Vabadussoja_Ajaloo_Komitee, lk 262
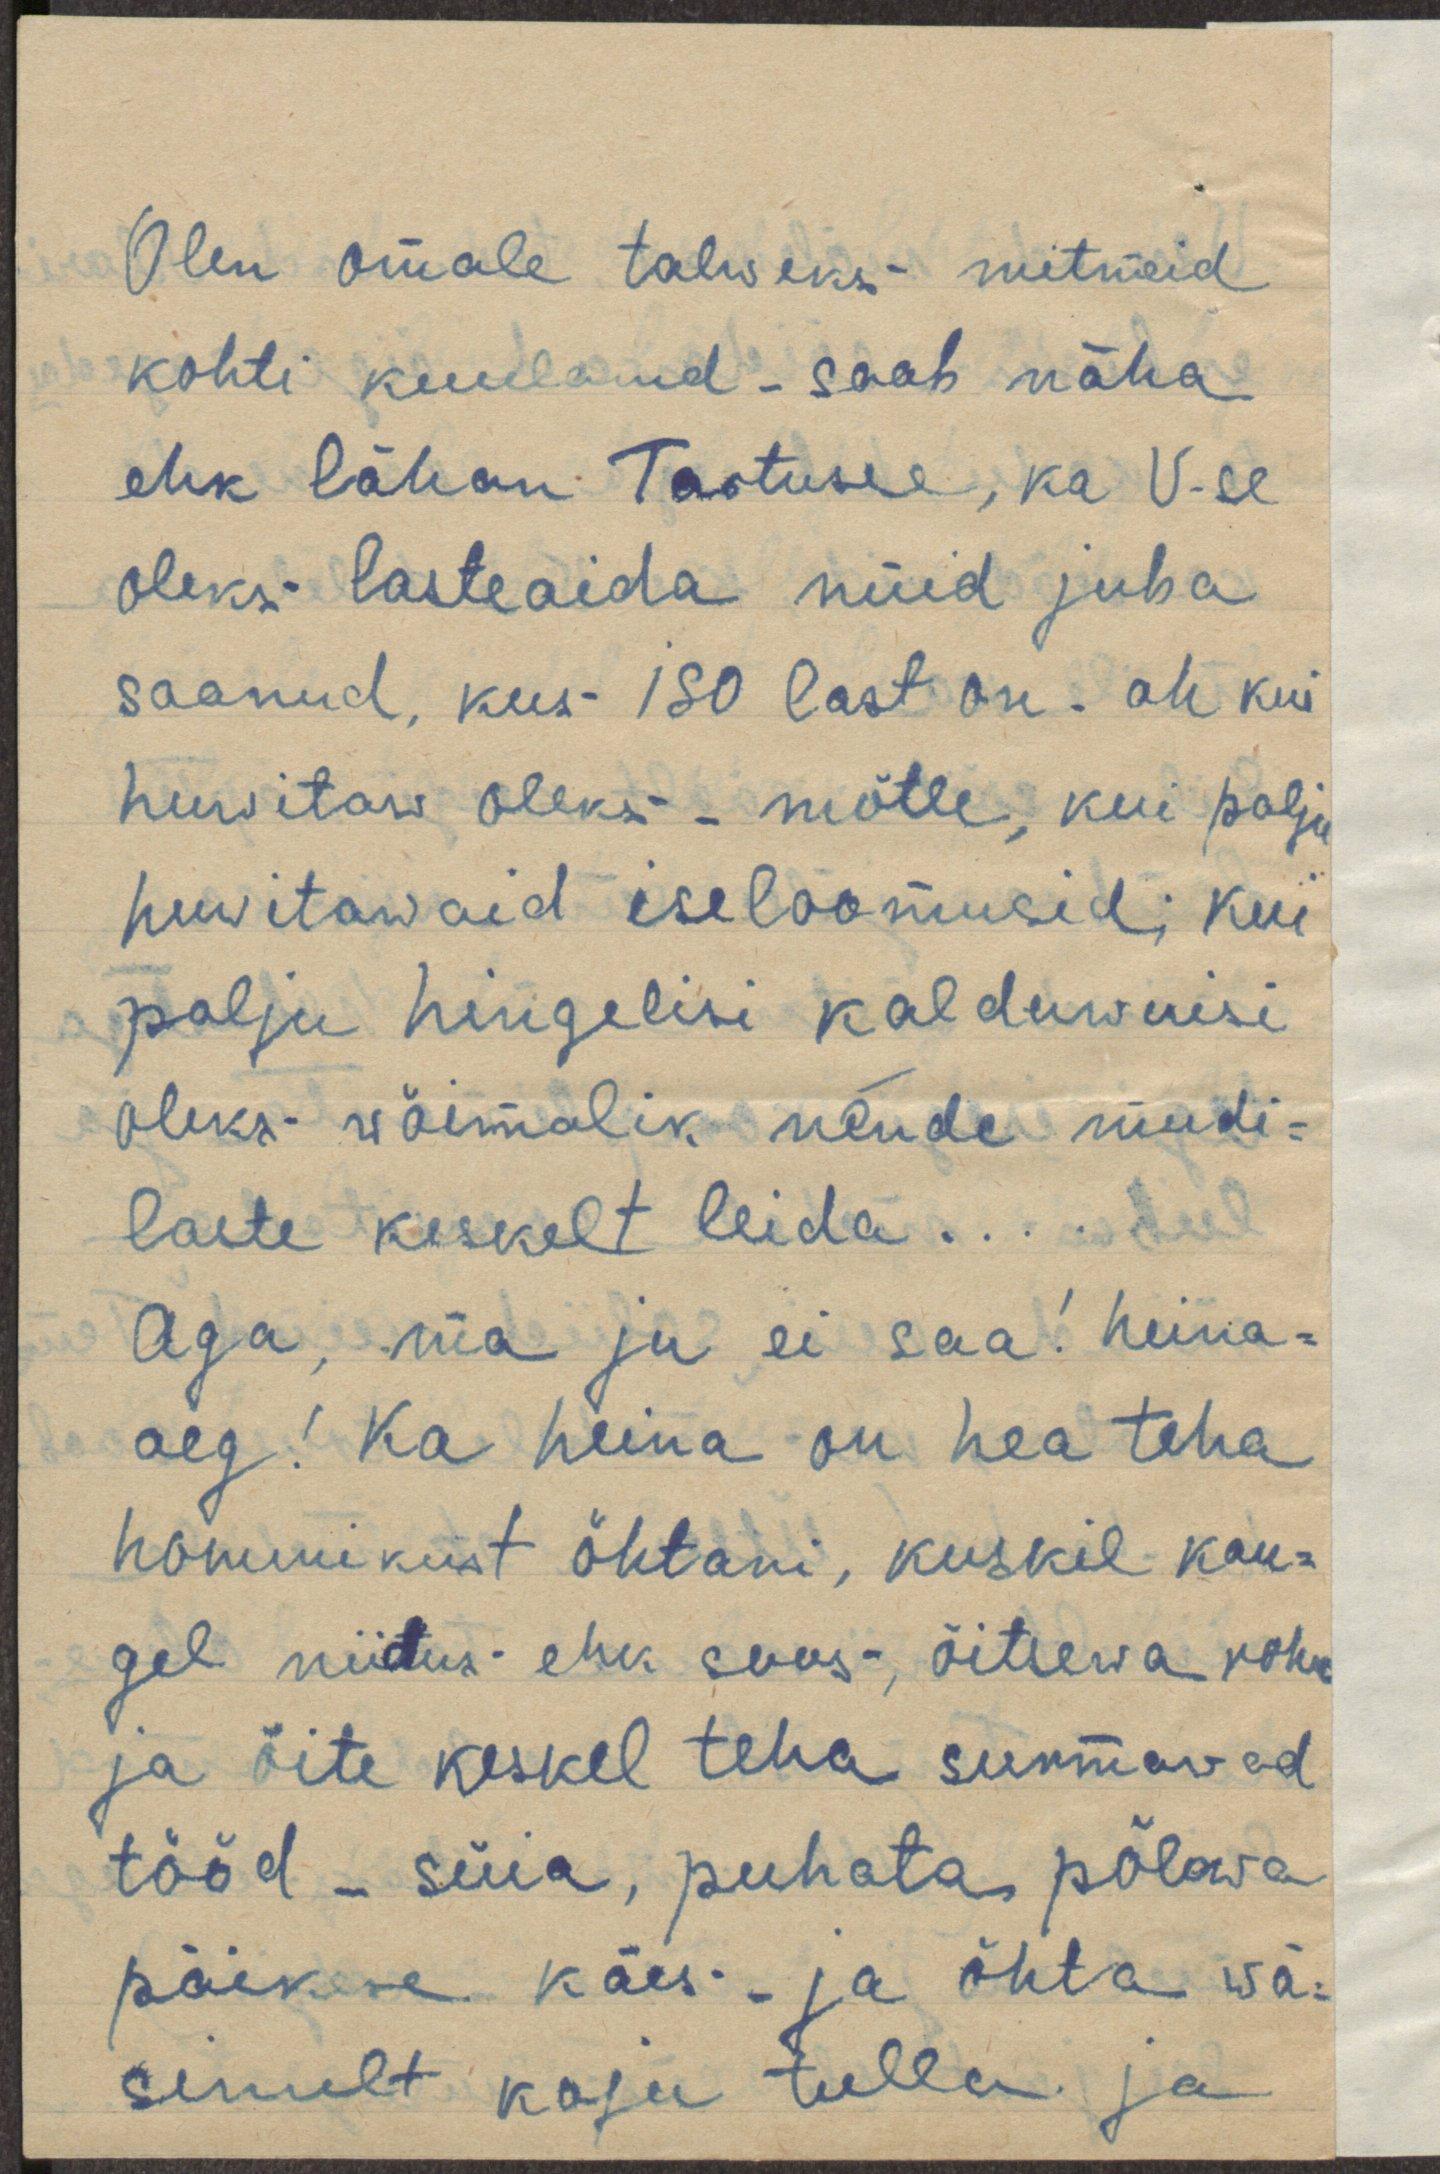
Olen omale talweks mitmeid
kohti kuulanud - saab näha
ehk lähan Tartusse, ka V-se
oleks lasteaida nüid juba
saanud, kus 180 last on. oh kui
huvitaw oleks - mõtle, kui palju
huvitawaid iseloomusid; kui
palju hingelisi kalduwuisi
oleks wõimalik nende mudi-
laste keskelt leida ...
Aga, ma ju ei saa! heina-
aeg! Ka heina on hea teha
hommikust õhtani, kuskil kau-
gel niidus ehk soos, õitsewa rohu
ja õite keskel teha surmawad
tööd - süia, puhata põlewa
päikese käes - ja õhta wä-
sinult kogu tulla ja